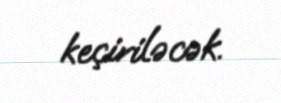
keçiriləcək.